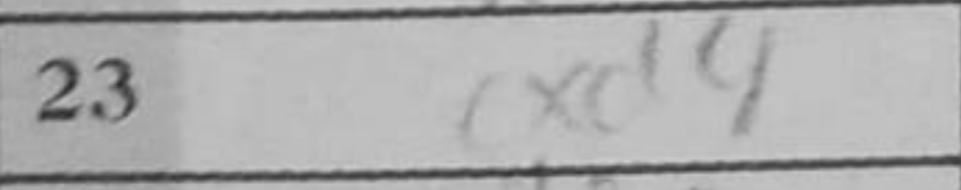
Transcription: cxd4